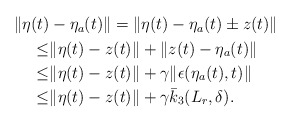
\begin{align*}\begin{aligned}\|\eta(t)&-\eta_a(t)\| = \|\eta(t)-\eta_a(t) \pm z(t)\| \\\le &\|\eta(t)-z(t)\|+\|z(t)-\eta_a(t)\|\\\le & \|\eta(t)-z(t)\| +\gamma \|\epsilon(\eta_a(t),t)\|\\\le & \|\eta(t)-z(t)\| +\gamma \bar{k}_3(L_r,\delta).\end{aligned}\end{align*}